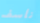
نأسف